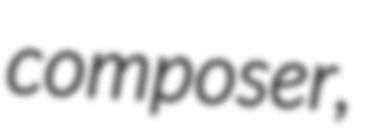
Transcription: composer,